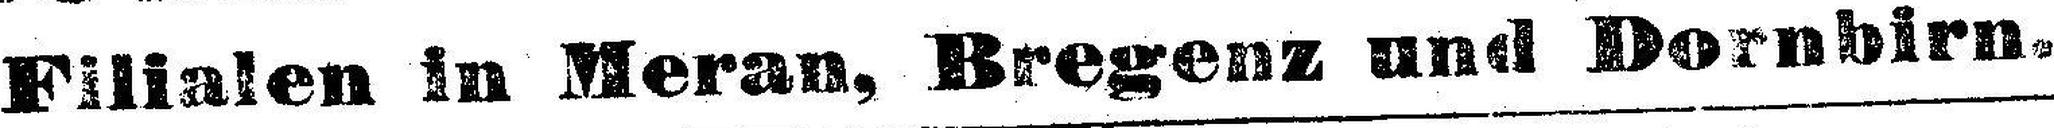
Filialen in Meran, Bregenz und Dornbirn.